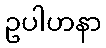
ဥပါဟနာ